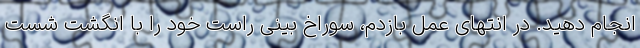
انجام دهید. در انتهای عمل بازدم، سوراخ بینی راست خود را با انگشت شست